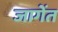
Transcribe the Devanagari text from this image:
जागेंत